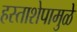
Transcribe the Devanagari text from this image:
हस्ताशेपामुळे